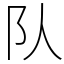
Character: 队